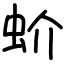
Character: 蚧